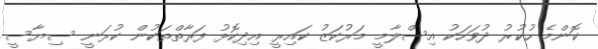
ކޮންމެ ހުކުރު ދުވަހަކު އިސްލާމީ މަރުކަޒު ކައިރީ އިދިކޮޅު ފަރާތްތަކުން ކުރަނީ ސިޔާސީ